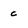
Character: c